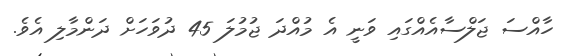
ހާއްސަ ޖަލްސާއެއްގައި ވަނީ އެ މުއްދަ ޖުމުލަ 45 ދުވަހަށް ދަންމާލި އެވެ.